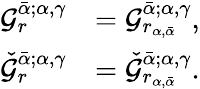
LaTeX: \begin{array}{rl}{\mathcal{G}_{r}^{\bar{\alpha};\alpha,\gamma}}&{=\mathcal{G}_{r_{\alpha,\bar{\alpha}}}^{\bar{\alpha};\alpha,\gamma},}\\ {\check{\mathcal{G}}_{r}^{\bar{\alpha};\alpha,\gamma}}&{=\check{\mathcal{G}}_{r_{\alpha,\bar{\alpha}}}^{\bar{\alpha};\alpha,\gamma}.}\end{array}